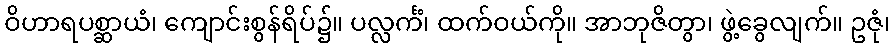
ဝိဟာရပစ္ဆာယံ၊ ကျောင်းစွန်ရိပ်၌။ ပလ္လင်္ကံ၊ ထက်ဝယ်ကို။ အာဘုဇိတွာ၊ ဖွဲ့ခွေလျက်။ ဥဇုံ၊